Indian journal of veterinary science and animal husbandry - Volume 14,
Year: 1944
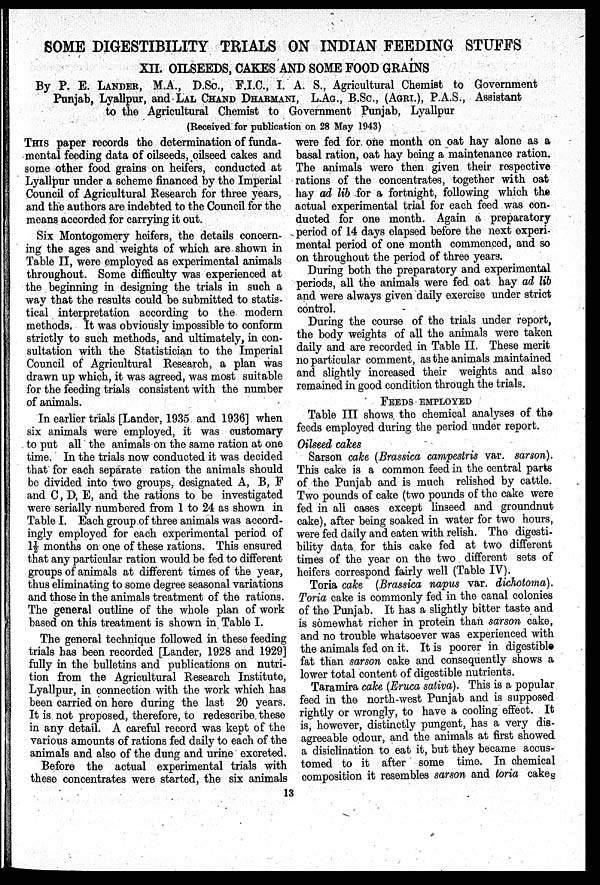
SOME DIGESTIBILITY TRIALS ON INDIAN FEEDING STUFFS
XII. OILSEEDS, CAKES AND SOME FOOD GRAINS
By P. E. LANDER, M.A., D.Sc., F.I.C., I. A. S., Agricultural Chemist to Government
Punjab, Lyallpur, and LAL CHAND DHARMANI, L.AG., B.Sc., (AGRI.), P.A.S., Assistant
to the Agricultural Chemist to Government Punjab, Lyallpur
(Received for publication on 28 May 1943)
THIS paper records the determination of funda-
mental feeding data of oilseeds, oilseed cakes and
some other food grains on heifers, conducted at
Lyallpur under a scheme financed by the Imperial
Council of Agricultural Research for three years,
and the authors are indebted to the Council for the
means accorded for carrying it out.
Six Montogomery heifers, the details concern-
ing the ages and weights of which are shown in
Table II, were employed as experimental animals
throughout. Some difficulty was experienced at
the beginning in designing the trials in such a
way that the results could be submitted to statis-
tical interpretation according to the modern
methods. It was obviously impossible to conform
strictly to such methods, and ultimately, in con-
sultation with the Statistician to the Imperial
Council of Agricultural Research, a plan was
drawn up which, it was agreed, was most suitable
for the feeding trials consistent with the number
of animals.
In earlier trials [Lander, 1935 and 1936] when
six animals were employed, it was customary
to put all the animals on the same ration at one
time. In the trials now conducted it was decided
that for each separate ration the animals should
be divided into two groups, designated A, B, F
and C, D, E, and the rations to be investigated
were serially numbered from 1 to 24 as shown in
Table I. Each group of three animals was accord-
ingly employed for each experimental period of
1½ months on one of these rations. This ensured
that any particular ration would be fed to different
groups of animals at different times of the year,
thus eliminating to some degree seasonal variations
and those in the animals treatment of the rations.
The general outline of the whole plan of work
based on this treatment is shown in Table I.
The general technique followed in these feeding
trials has been recorded [Lander, 1928 and 1929]
fully in the bulletins and publications on nutri-
tion from the Agricultural Research Institute,
Lyallpur, in connection with the work which has
been carried on here during the last 20 years.
It is not proposed, therefore, to redescribe these
in any detail. A careful record was kept of the
various amounts of rations fed daily to each of the
animals and also of the dung and urine excreted.
Before the actual experimental trials with
these concentrates were started, the six animals
were fed for one month on oat hay alone as a
basal ration, oat hay being a maintenance ration.
The animals were then given their respective
rations of the concentrates, together with oat
hay ad lib for a fortnight, following which the
actual experimental trial for each feed was con-
ducted for one month. Again a preparatory
period of 14 days elapsed before the next experi-
mental period of one month commenced, and so
on throughout the period of three years.
During both the preparatory and experimental
periods, all the animals were fed oat hay ad lib
and were always given daily exercise under strict
control.
During the course of the trials under report,
the body weights of all the animals were taken
daily and are recorded in Table II. These merit
no particular comment, as the animals maintained
and slightly increased their weights and also
remained in good condition through the trials.
FEEDS EMPLOYED
Table III shows the chemical analyses of the
feeds employed during the period under report.
Oilseed cakes
Sarson cake (Brassica campestris var. sarson).
This cake is a common feed in the central parts
of the Punjab and is much relished by cattle.
Two pounds of cake (two pounds of the cake were
fed in all cases except linseed and groundnut
cake), after being soaked in water for two hours,
were fed daily and eaten with relish. The digesti-
bility data for this cake fed at two different
times of the year on the two different sets of
heifers correspond fairly well (Table IV).
Toria cake (Brassica napus var. dichotoma).
Toria cake is commonly fed in the canal colonies
of the Punjab. It has a slightly bitter taste and
is somewhat richer in protein than sarson cake,
and no trouble whatsoever was experienced with
the animals fed on it. It is poorer in digestible
fat than sarson cake and consequently shows a
lower total content of digestible nutrients.
Taramira cake (Eruca sativa). This is a popular
feed in the north-west Punjab and is supposed
rightly or wrongly, to have a cooling effect. It
is, however, distinctly pungent, has a very dis-
agreeable odour, and the animals at first showed
a disiclination to eat it, but they became accus-
tomed to it after some time. In chemical
composition it resembles sarson and toria cakes
13